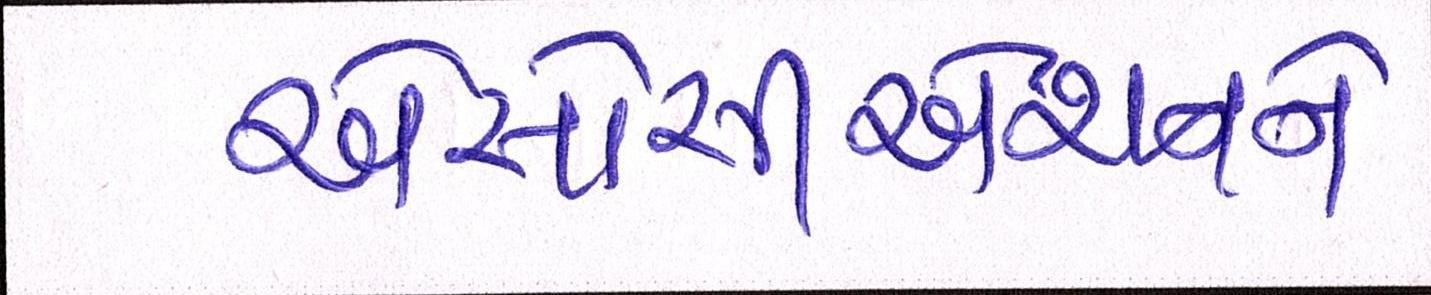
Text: એસોસીએશનને